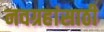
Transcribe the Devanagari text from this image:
नवग्रहांसाठी